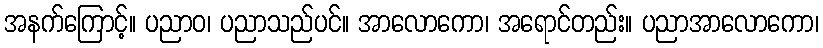
အနက်ကြောင့်။ ပညာဝ၊ ပညာသည်ပင်။ အာလောကော၊ အရောင်တည်း။ ပညာအာလောကော၊